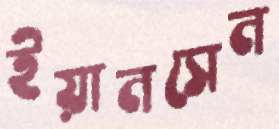
ইয়ানসেন